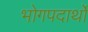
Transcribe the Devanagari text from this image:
भोगपदार्थो